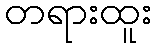
တရားထူး